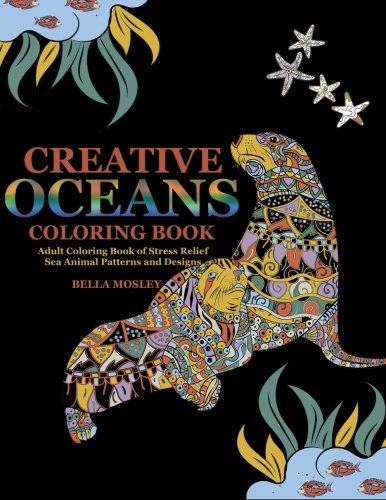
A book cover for Creative Oceans Coloring Book: Adult Coloring Book of Stress Relief Sea Animal Patterns and Designs (Ocean Coloring Book, Lost Ocean, Stress Relief Coloring Book, Anti Stress Coloring Book) (Volume 1); Bella Mosley; Arts & Photography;